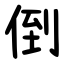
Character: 倒